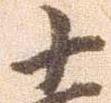
十